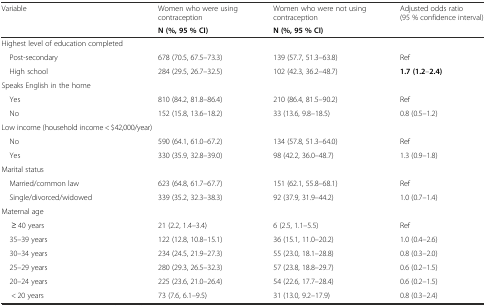
<table><thead><tr><td rowspan="2"><b>Variable</b></td><td><b>Women who were using contraception</b></td><td><b>Women who were not using contraception</b></td><td rowspan="2"><b>Adjusted odds ratio (95 % confidence interval)</b></td></tr><tr><td><b>N (%, 95 % CI)</b></td><td><b>N (%, 95 % CI)</b></td></tr></thead><tbody><tr><td colspan="4">Highest level of education completed</td></tr><tr><td> Post-secondary</td><td>678 (70.5, 67.5–73.3)</td><td>139 (57.7, 51.3–63.8)</td><td>Ref</td></tr><tr><td> High school</td><td>284 (29.5, 26.7–32.5)</td><td>102 (42.3, 36.2–48.7)</td><td><b>1.7 (1.2</b>–<b>2.4)</b></td></tr><tr><td colspan="4">Speaks English in the home</td></tr><tr><td> Yes</td><td>810 (84.2, 81.8–86.4)</td><td>210 (86.4, 81.5–90.2)</td><td>Ref</td></tr><tr><td> No</td><td>152 (15.8, 13.6–18.2)</td><td>33 (13.6, 9.8–18.5)</td><td>0.8 (0.5–1.2)</td></tr><tr><td>Low income (household income &lt; $42,000/year)</td><td></td><td></td><td></td></tr><tr><td> No</td><td>590 (64.1, 61.0–67.2)</td><td>134 (57.8, 51.3–64.0)</td><td>Ref</td></tr><tr><td> Yes</td><td>330 (35.9, 32.8–39.0)</td><td>98 (42.2, 36.0–48.7)</td><td>1.3 (0.9–1.8)</td></tr><tr><td colspan="4">Marital status</td></tr><tr><td> Married/common law</td><td>623 (64.8, 61.7–67.7)</td><td>151 (62.1, 55.8–68.1)</td><td>Ref</td></tr><tr><td> Single/divorced/widowed</td><td>339 (35.2, 32.3–38.3)</td><td>92 (37.9, 31.9–44.2)</td><td>1.0 (0.7–1.4)</td></tr><tr><td colspan="4">Maternal age</td></tr><tr><td>≥ 40 years</td><td>21 (2.2, 1.4–3.4)</td><td>6 (2.5, 1.1–5.5)</td><td>Ref</td></tr><tr><td> 35–39 years</td><td>122 (12.8, 10.8–15.1)</td><td>36 (15.1, 11.0–20.2)</td><td>1.0 (0.4–2.6)</td></tr><tr><td> 30–34 years</td><td>234 (24.5, 21.9–27.3)</td><td>55 (23.0, 18.1–28.8)</td><td>0.8 (0.3–2.0)</td></tr><tr><td> 25–29 years</td><td>280 (29.3, 26.5–32.3)</td><td>57 (23.8, 18.8–29.7)</td><td>0.6 (0.2–1.5)</td></tr><tr><td> 20–24 years</td><td>225 (23.6, 21.0–26.4)</td><td>54 (22.6, 17.7–28.4)</td><td>0.6 (0.2–1.5)</td></tr><tr><td>&lt; 20 years</td><td>73 (7.6, 6.1–9.5)</td><td>31 (13.0, 9.2–17.9)</td><td>0.8 (0.3–2.4)</td></tr></tbody></table>